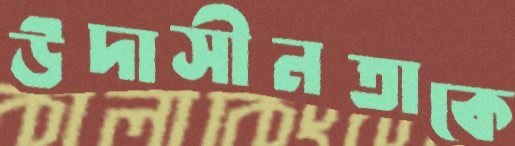
উদাসীনতাকে